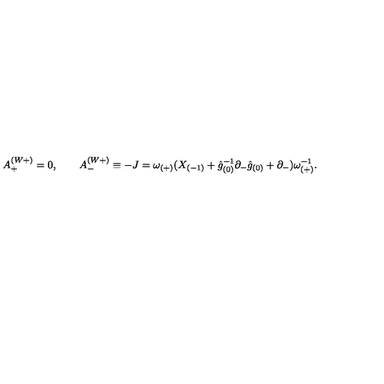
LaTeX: A _ { + } ^ { ( W + ) } = 0 , \qquad A _ { - } ^ { ( W + ) } \equiv - J = \omega _ { ( + ) } ( X _ { ( - 1 ) } + \hat { g } _ { ( 0 ) } ^ { - 1 } \partial _ { - } \hat { g } _ { ( 0 ) } + \partial _ { - } ) \omega _ { ( + ) } ^ { - 1 } .